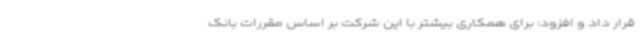
قرار داد و افزود: برای همکاری بیشتر با این شرکت بر اساس مقررات بانک